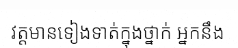
វត្តមានទៀងទាត់ក្នុងថ្នាក់ អ្នកនឹង